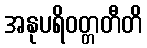
အနုပရိဝတ္တတီတိ